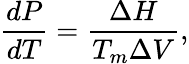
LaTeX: \frac{dP}{dT}=\frac{\Delta H}{T_{m}\Delta V},